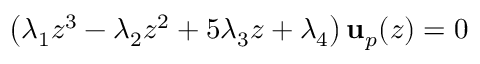
\left( \lambda _ { 1 } z ^ { 3 } - \lambda _ { 2 } z ^ { 2 } + 5 \lambda _ { 3 } z + \lambda _ { 4 } \right) \mathbf { u } _ { p } ( z ) = 0